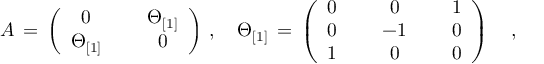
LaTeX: A \, = \, \left( \begin{array} { c c c } { { 0 } } & { { { \, \, } } } & { { \Theta _ { [ 1 ] } } } \\ { { \Theta _ { [ 1 ] } } } & { { { \, \, } } } & { { 0 } } \end{array} \right) \, , \quad \Theta _ { [ 1 ] } \, = \, \left( \begin{array} { c c c c c } { { 0 } } & { { { \, \, } } } & { { 0 } } & { { { \, \, } } } & { { 1 } } \\ { { 0 } } & { { { \, \, } } } & { { - 1 } } & { { { \, \, } } } & { { 0 } } \\ { { 1 } } & { { { \, \, } } } & { { 0 } } & { { { \, \, } } } & { { 0 } } \end{array} \right) \quad ,